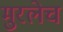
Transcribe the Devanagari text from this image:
मुरलेच